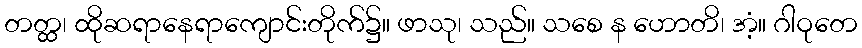
တတ္ထ၊ ထိုဆရာနေရာကျောင်းတိုက်၌။ ဖာသု၊ သည်။ သစေ န ဟောတိ၊ အံ့။ ဂါဝုတေ